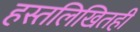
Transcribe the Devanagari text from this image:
हस्तलिखितही